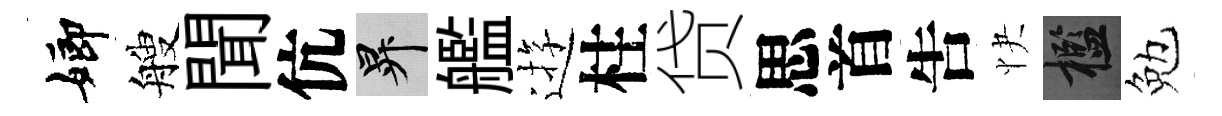
嫏艘聞伉升艦逰柱贷思首吿快檻勉